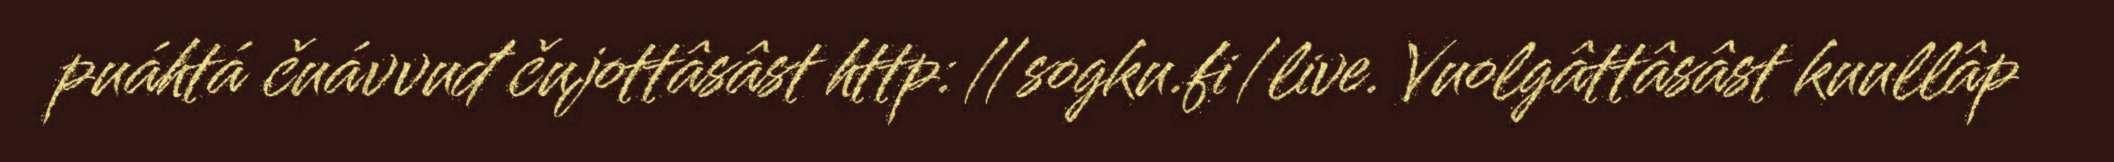
puáhtá čuávvuđ čujottâsâst http://sogku.fi/live. Vuolgâttâsâst kuullâp